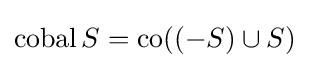
\operatorname {cobal} S=\operatorname {co} ((-S)\cup S)